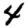
Digit: 4